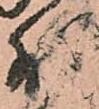
外